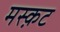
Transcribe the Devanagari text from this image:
मस्क़ट